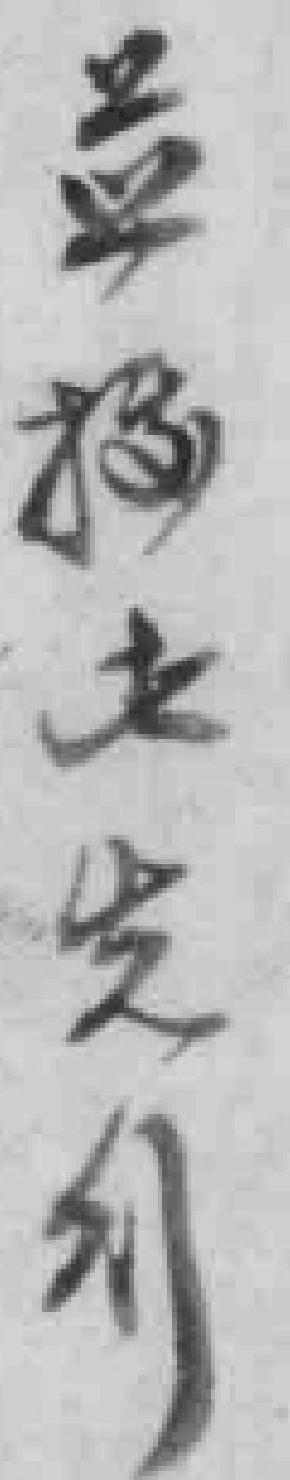
並**先*